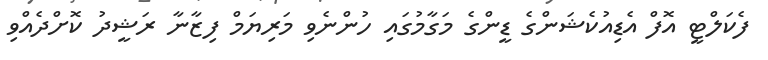
ފެކަލްޓީ އޮފް އެޑިއުކެޝަންގެ ޑީންގެ މަގާމުގައި ހުންނެވި މަރިޔަމް ފިޒާނާ ރަޝީދު ކޮށްދެއްވި